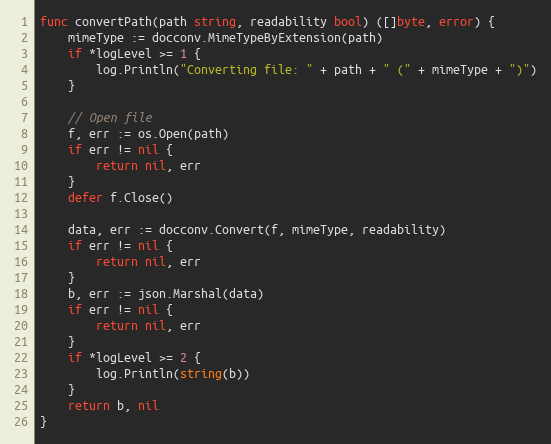
Language: Go
func convertPath(path string, readability bool) ([]byte, error) {
	mimeType := docconv.MimeTypeByExtension(path)
	if *logLevel >= 1 {
		log.Println("Converting file: " + path + " (" + mimeType + ")")
	}

	// Open file
	f, err := os.Open(path)
	if err != nil {
		return nil, err
	}
	defer f.Close()

	data, err := docconv.Convert(f, mimeType, readability)
	if err != nil {
		return nil, err
	}
	b, err := json.Marshal(data)
	if err != nil {
		return nil, err
	}
	if *logLevel >= 2 {
		log.Println(string(b))
	}
	return b, nil
}